Lunatic asylums Madras 1877-1891 - 1877-1891
Year: 1877
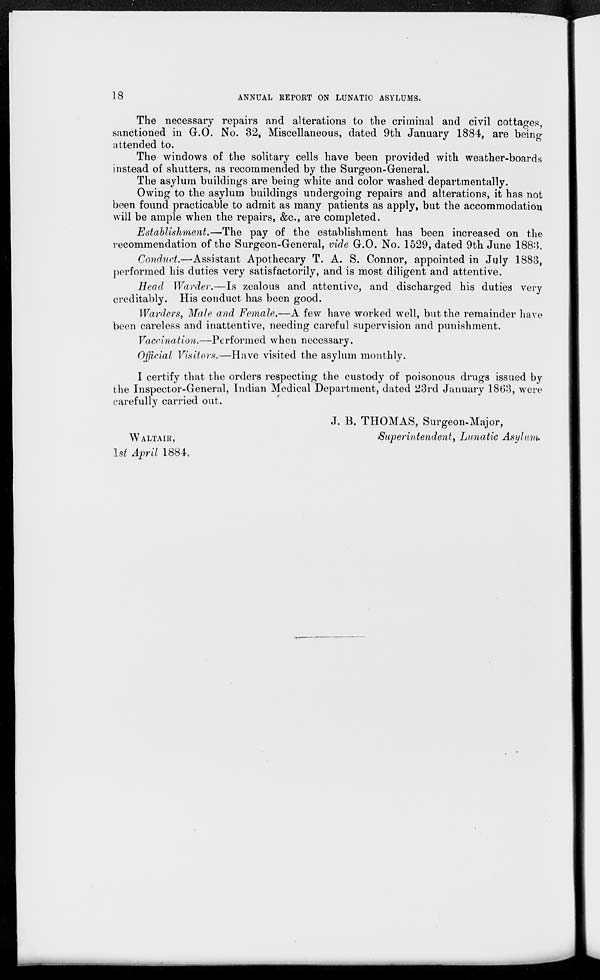
18
ANNUAL REPORT ON LUNATIC ASYLUMS.
The necessary repairs and alterations to the criminal and civil cottages,
sanctioned in G.O. No. 32, Miscellaneous, dated 9th January 1884, are being
attended to.
The windows of the solitary cells have been provided with weather-boards
instead of shutters, as recommended by the Surgeon-General.
The asylum buildings are being white and color washed departmentally.
Owing to the asylum buildings undergoing repairs and alterations, it has not
been found practicable to admit as many patients as apply, but the accommodation
will be ample when the repairs, &c., are completed.
Establishment.—The pay of the establishment has been increased on the
recommendation of the Surgeon-General, vide G.O. No. 1529, dated 9th June 1883.
Conduct.—Assistant Apothecary T. A. S. Connor, appointed in July 1883,
performed his duties very satisfactorily, and is most diligent and attentive.
Head Warder.—Is zealous and attentive, and discharged his duties very
creditably. His conduct has been good.
Warders, Male and Female.—A few have worked well, but the remainder have
been careless and inattentive, needing careful supervision and punishment.
Vaccination.—Performed when necessary.
Official Visitors.—Have visited the asylum monthly.
I certify that the orders respecting the custody of poisonous drugs issued by
the Inspector-General, Indian Medical Department, dated 23rd January 1863, were
carefully carried out.
J. B. THOMAS, Surgeon-Major,
Superintendent, Lunatic Asylum.
WALTAIR,
1st April 1884.